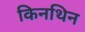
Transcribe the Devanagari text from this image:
किनथिन